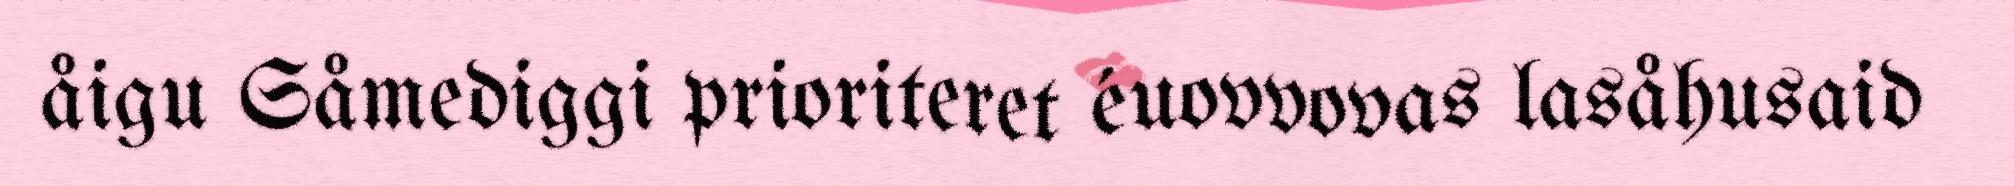
åigu Såmediggi prioriteret éuovvovas lasåhusaid